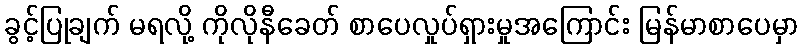
ခွင့်ပြုချက် မရလို့ ကိုလိုနီခေတ် စာပေလှုပ်ရှားမှုအကြောင်း မြန်မာစာပေမှာ